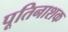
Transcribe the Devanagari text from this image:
पूतिनाशक